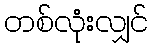
တစ်လုံးလျှင်